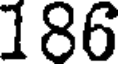
186